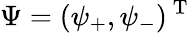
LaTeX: \Psi=(\psi_{+},\psi_{-})^{\mathrm{~T~}}